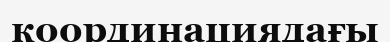
координациядағы